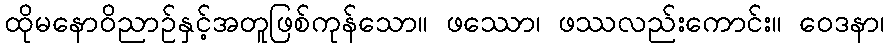
ထိုမနောဝိညာဉ်နှင့်အတူဖြစ်ကုန်သော။ ဖဿော၊ ဖဿလည်းကောင်း။ ဝေဒနာ၊